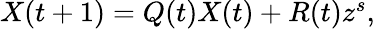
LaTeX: \begin{array}{r}{X(t+1)=Q(t)X(t)+R(t)z^{s},}\end{array}